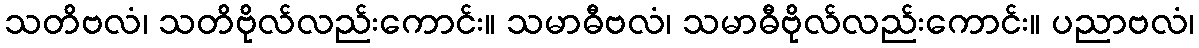
သတိဗလံ၊ သတိဗိုလ်လည်းကောင်း။ သမာဓီဗလံ၊ သမာဓီဗိုလ်လည်းကောင်း။ ပညာဗလံ၊